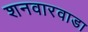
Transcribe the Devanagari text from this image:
शनवारवाडा